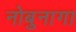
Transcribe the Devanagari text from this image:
नोबुनागा